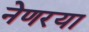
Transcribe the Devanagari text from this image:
नेणरया